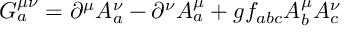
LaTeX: G _ { a } ^ { \mu \nu } = \partial ^ { \mu } A _ { a } ^ { \nu } - \partial ^ { \nu } A _ { a } ^ { \mu } + g f _ { a b c } A _ { b } ^ { \mu } A _ { c } ^ { \nu } \nonumber